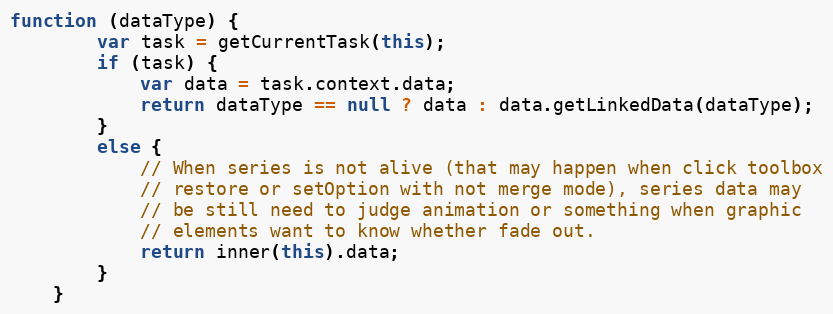
Language: JavaScript
function (dataType) {
        var task = getCurrentTask(this);
        if (task) {
            var data = task.context.data;
            return dataType == null ? data : data.getLinkedData(dataType);
        }
        else {
            // When series is not alive (that may happen when click toolbox
            // restore or setOption with not merge mode), series data may
            // be still need to judge animation or something when graphic
            // elements want to know whether fade out.
            return inner(this).data;
        }
    }